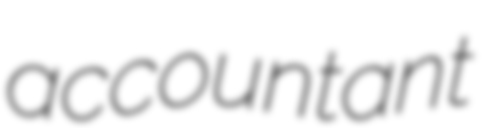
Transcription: accountant